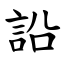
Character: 䛇